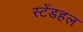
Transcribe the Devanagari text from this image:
स्टेंडहल